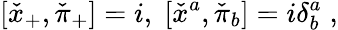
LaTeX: [\check{x}_{+},\check{\pi}_{+}]=i,\; [\check{x}^{a},\check{\pi}_{b}]=i\delta_{b}^{a}\; ,